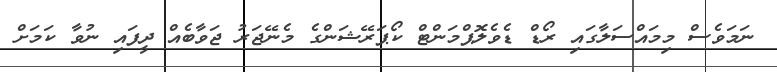
ނަމަވެސް މިމައްސަލާގައި ރޯޑް ޑެވެލޮޕްމަންޓް ކޯޕަރޭޝަންގެ މެނޭޖަރު ޖަވާބެއް ދީފައި ނުވާ ކަމަށް